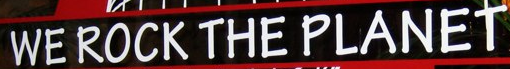
WE ROCK THE PLANET